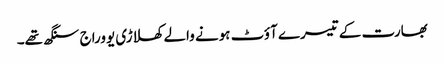
بھارت کے تیسرے آؤٹ ہونے والے کھلاڑی یووراج سنگھ تھے۔